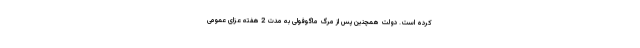
کرده است. دولت همچنین پس از مرگ ماگوفولی به مدت 2 هفته عزای عمومی